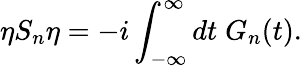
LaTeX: \eta S_{n}\eta=-i\int_{-\infty}^{\infty}dt\; G_{n}(t).